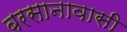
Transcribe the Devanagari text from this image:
बरसानावासी